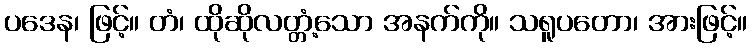
ပဒေန၊ ဖြင့်။ တံ၊ ထိုဆိုလတ္တံ့သော အနက်ကို။ သရူပတော၊ အားဖြင့်။